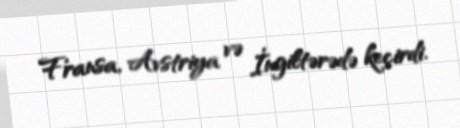
Fransa, Avstriya və İngiltərədə keçirdi.